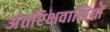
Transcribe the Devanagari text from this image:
अंतरिक्षवासियों